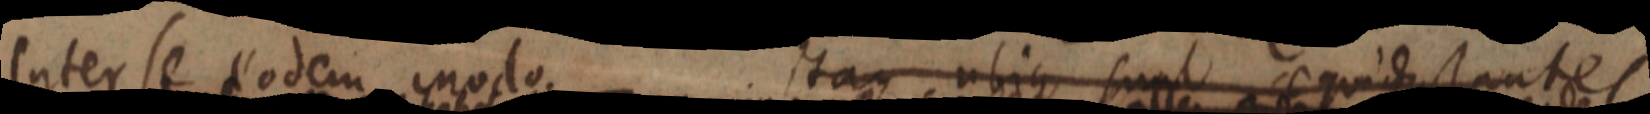
inter se eodem modo. itaque ubique sunt aequidistantes